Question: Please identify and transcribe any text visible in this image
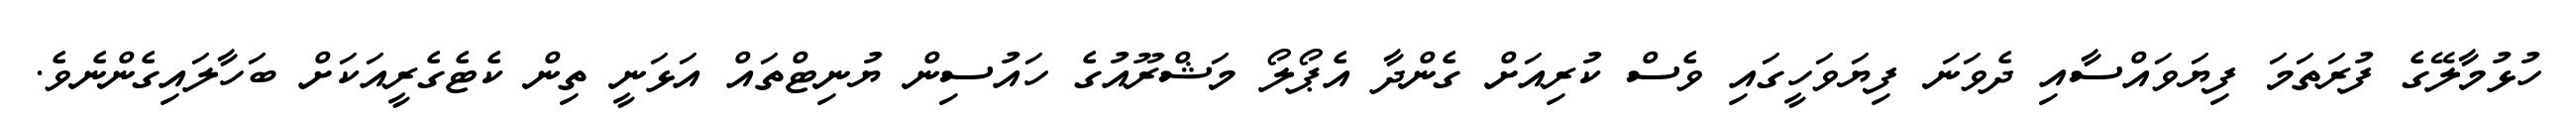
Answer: ހުޅުމާލޭގެ ފުރަތަމަ ފިޔަވައްސާއި ދެވަނަ ފިޔަވަހީގައި ވެސް ކުރިއަށް ގެންދާ އެޕޯލޯ މަޝްރޫއުގެ ހައުސިން ޔުނިޓްތައް އަޅަނީ ތިން ކެޓެގެރީއަކަށް ބަހާލައިގެންނެވެ.